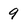
Character: 9